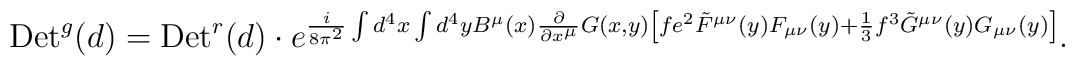
{\rm Det}^g(d) = {\rm Det}^r(d)\cdot e^{{ i \over 8\pi^2} \int d^4x\int d^4y B^\mu(x) {\partial \over \partial x^\mu} G(x,y) \left[ fe^2 \tilde{F}^{\mu \nu}(y) F_{\mu\nu}(y) + {1 \over 3} f^3 \tilde{G}^{\mu\nu}(y) G_{\mu\nu}(y) \right] }.